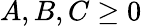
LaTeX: A,B,C\geq 0